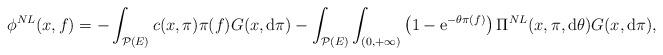
LaTeX: \begin{align*}\phi^{NL}(x,f)=-\int_{\mathcal{P}(E)}c(x,\pi)\pi(f)G(x,{\rm d}\pi)-\int_{\mathcal{P}(E)}\int_{(0,+\infty)}\left(1-\mathrm{e}^{-\theta\pi(f)}\right)\Pi^{NL}(x,\pi,{\rm d}\theta)G(x,{\rm d}\pi),\end{align*}